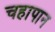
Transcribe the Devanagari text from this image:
चहापान